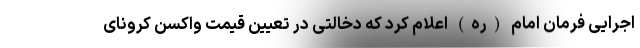
اجرایی فرمان امام (ره) اعلام کرد که دخالتی در تعیین قیمت واکسن کرونای